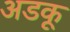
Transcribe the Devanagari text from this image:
अडकू